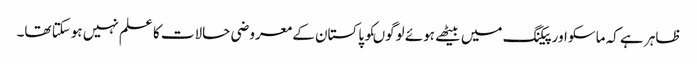
ظاہر ہے کہ ماسکو اور پیکنگ میں بیٹھے ہوئے لوگوںکو پاکستان کے معروضی حالات کا علم نہیں ہوسکتا تھا۔